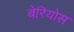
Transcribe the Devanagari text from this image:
बेरियोस